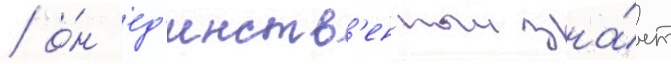
/ о́н ед'инств'енныи зна́ет